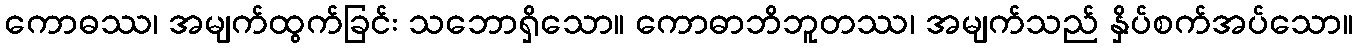
ကောဓဿ၊ အမျက်ထွက်ခြင်း သဘောရှိသော။ ကောဓာဘိဘူတဿ၊ အမျက်သည် နှိပ်စက်အပ်သော။